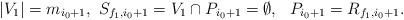
LaTeX: \begin{align*}|V_{1}| = m_{i_0+1}, \ S_{f_1,i_0+1} = V_1 \cap P_{i_0+1} = \emptyset, \ \ P_{{i_0}+1}=R_{f_1,{i_0}+1}. \end{align*}